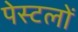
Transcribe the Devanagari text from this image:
पेस्टलों